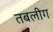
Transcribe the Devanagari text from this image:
तबलीग